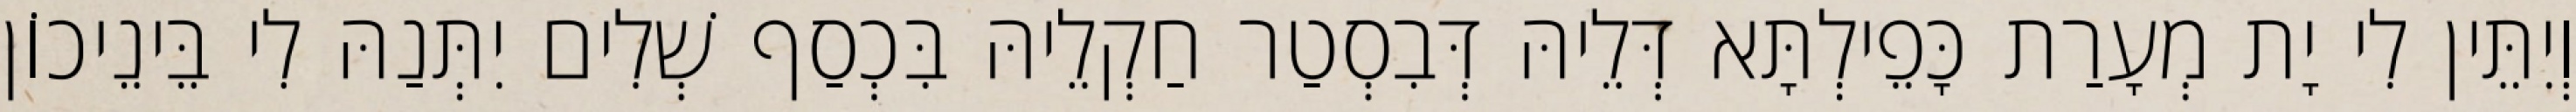
וְיִתֵּין לִי יָת מְעָרַת כָּפֵילְתָּא דְּלֵיהּ דְּבִסְטַר חַקְלֵיהּ בִּכְסַף שְׁלִים יִתְּנַהּ לִי בֵּינֵיכוֹן